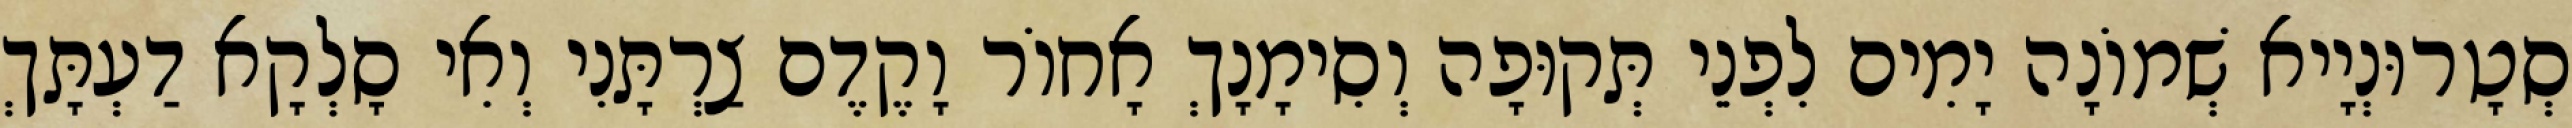
סְטָרוּנְיָיא שְׁמוֹנָה יָמִים לִפְנֵי תְּקוּפָה וְסִימָנָךְ אָחוֹר וָקֶדֶם צַרְתָּנִי וְאִי סָלְקָא דַעְתָּךְ